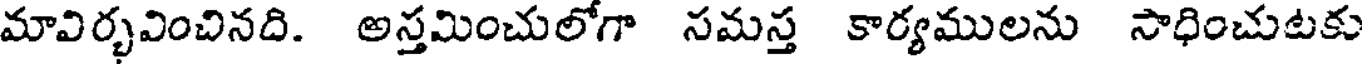
మావిర్భవించినది. అస్తమించులోగా సమస్త కార్యములను సాధించుటకు